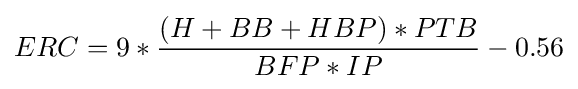
ERC=9*{(H+BB+HBP)*PTB \over BFP*IP}-0.56